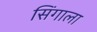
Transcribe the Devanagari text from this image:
सिंगाला